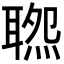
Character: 𦖹